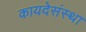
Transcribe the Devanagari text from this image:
कायदेसंस्था